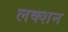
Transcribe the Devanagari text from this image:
लक्शन